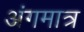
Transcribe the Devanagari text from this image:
अंगमात्र